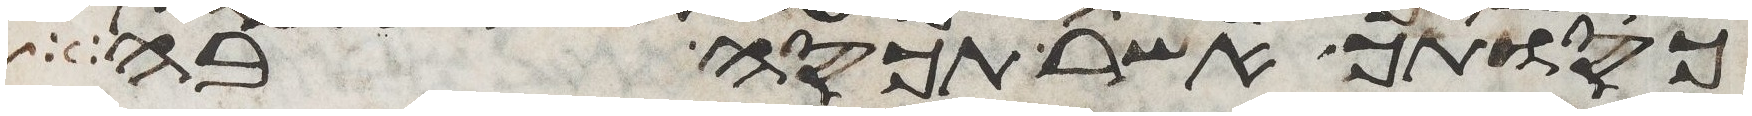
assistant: כסותך אשר תכסה בה